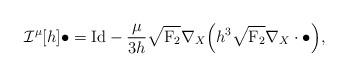
LaTeX: \begin{align*}\mathcal{I}^{\mu}[h]\bullet= \mathrm{Id} - \frac{\mu}{3h}\sqrt{\mathrm{F}_2} \nabla_X \Big(h^3 \sqrt{\mathrm{F}_2} \nabla_X\cdot \bullet \Big),\end{align*}